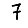
Digit: 7